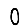
Digit: 0